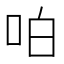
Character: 㕷